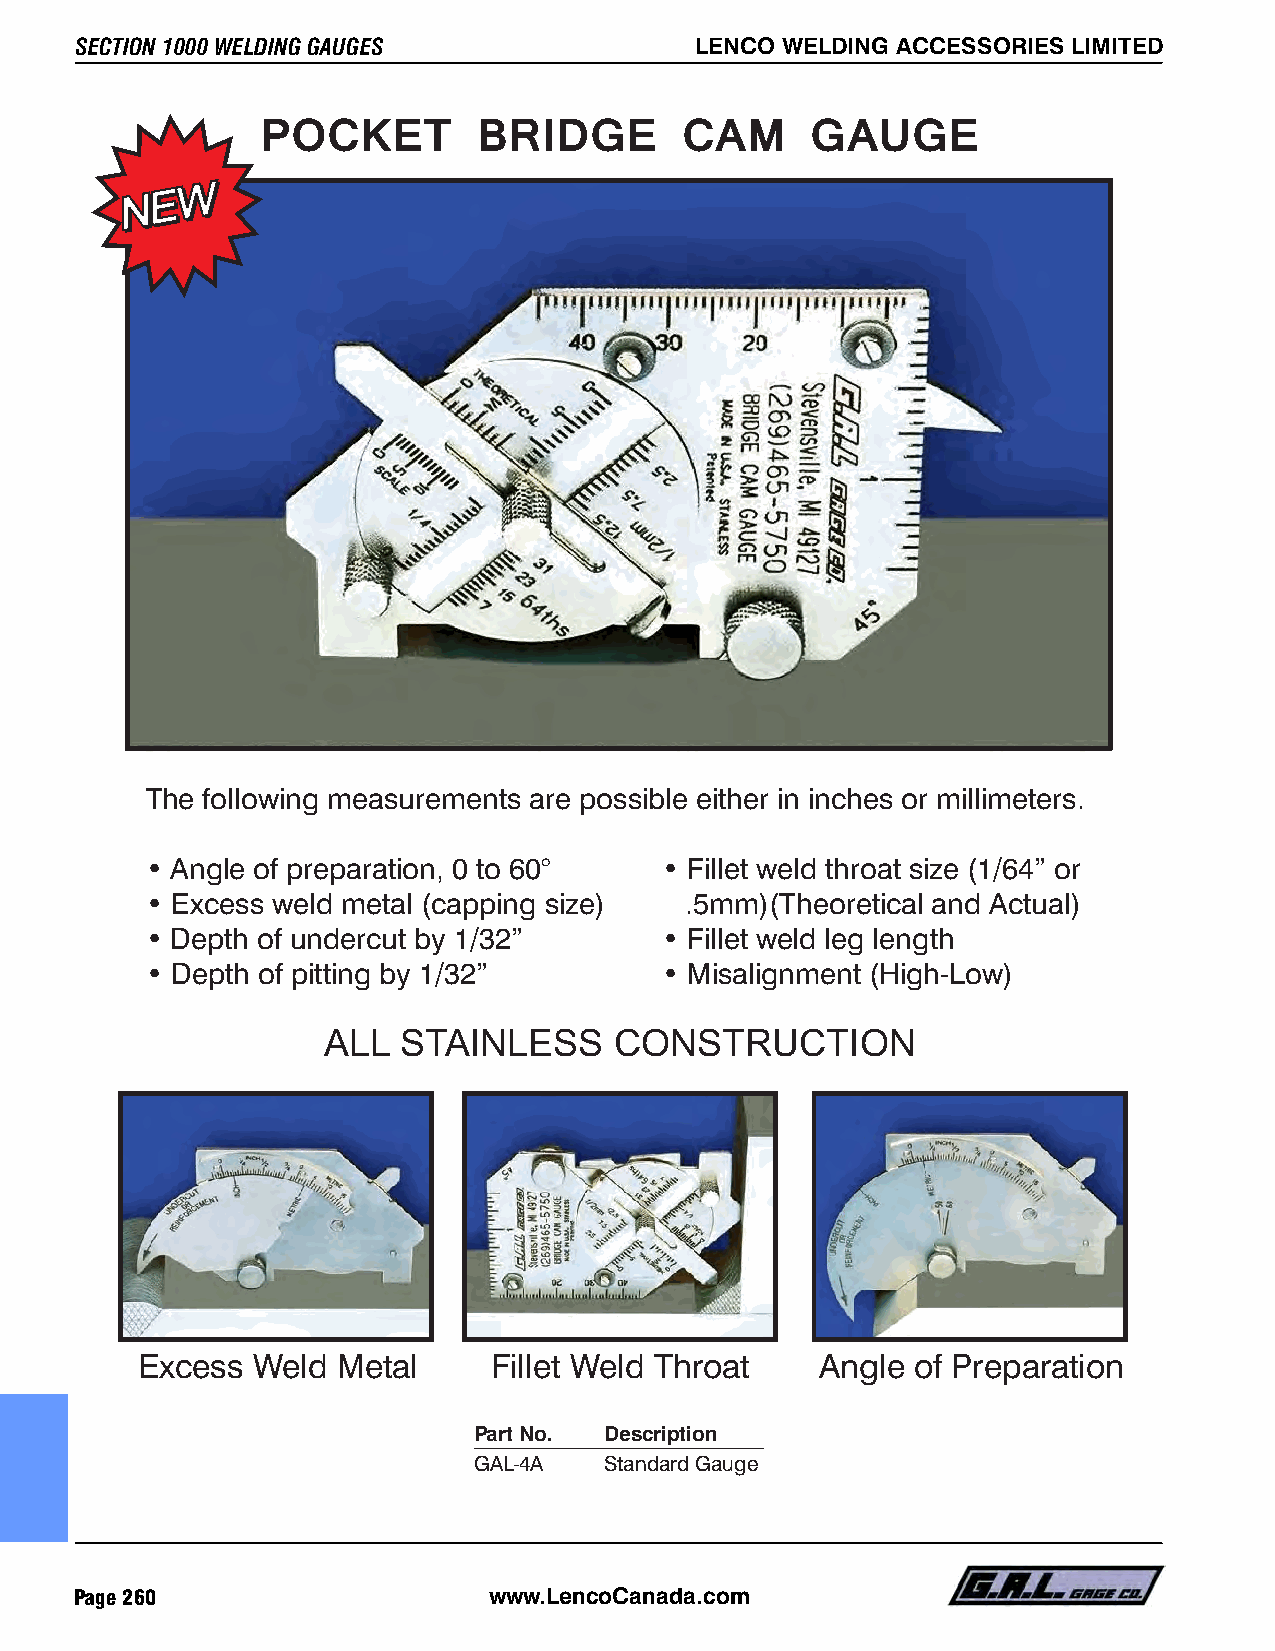
SECTION 1000 WELDING GAUGES              LENCO WELDING ACCESSORIES LIMITED             LENCO WELDING ACCESSORIES LIMITED                  SECTION 1000 WELDING GAUGES
 POCKET         BRIDGE       CAM      GAUGE
 Features    of  the  V-WAC™     Gauge
 ACCURATE
 Undercut depth or crown height scale can be read to 1/32 inch.
 Porosity comparison of 1/8 inch and 1/16 inch.
 Linear gauge in 1/16 inch increments.
 EASY  TO USE
 The following measurements are possible either in inches or millimeters.
 Pointer is easy to set and a locking screw holds it in position for later reference.
 Figures and increments are etched into surface. They are easy to read and will not rub off.
 FAST
 • Angle of preparation, 0 to 60°  • Fillet weld throat size (1/64” or
 All four required measurements are made with a single gauge.
 • Excess weld metal (capping size) .5mm)(Theoretical and Actual)                     STURDY
 • Depth of undercut by 1/32”      • Fillet weld leg length                           Gauge is made of stainless steel.
 HANDY
 • Depth of pitting by 1/32”       • Misalignment (High-Low)
 Gauge is 1¼ inches by 4 inches, and can be easily carried in your pocket.
 ALL  STAINLESS      CONSTRUCTION
 Excess  Weld Metal      Fillet Weld Throat   Angle  of Preparation                                     Part No. Description
 GAL-5   Gauge with 1/64” Tolerance
 GAL-5-7 Gauge with WTPS Gauge & Block
 Part No. Description
 GAL-5-8 Gauge Set (GAL-5, GAL-8)
 GAL-4A   Standard Gauge
 GAL-5-7-8 Gauge Set with WTPS Gauge & Block
 GAL-5M  Metric Gauge with 1-64” Tolerance
 Page 260                   www.LencoCanada.com                                                                    www.LencoCanada.com                    Page 261
 NN EE
 WW